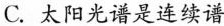
C. 太阳光谱是连续谱